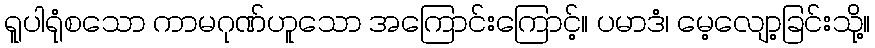
ရူပါရုံစသော ကာမဂုဏ်ဟူသော အကြောင်းကြောင့်။ ပမာဒံ၊ မေ့လျော့ခြင်းသို့။